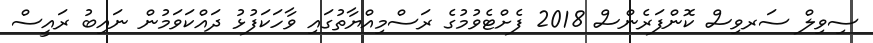
ސިވިލް ސަރވިސް ކޮންފަރެންސް 2018 ފެށްޓެވުމުގެ ރަސްމިއްޔާތުގައި ވާހަކަފުޅު ދައްކަވަމުން ނައިބު ރައީސް